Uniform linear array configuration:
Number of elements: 12
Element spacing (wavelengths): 1
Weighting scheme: blackman
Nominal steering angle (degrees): -60
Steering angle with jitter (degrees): -60.825
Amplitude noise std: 0.05
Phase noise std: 0.05

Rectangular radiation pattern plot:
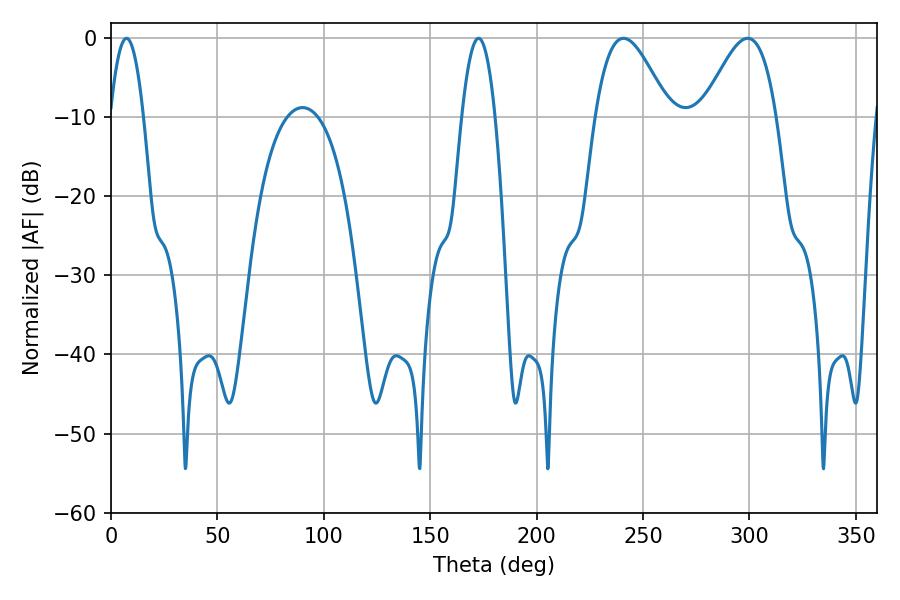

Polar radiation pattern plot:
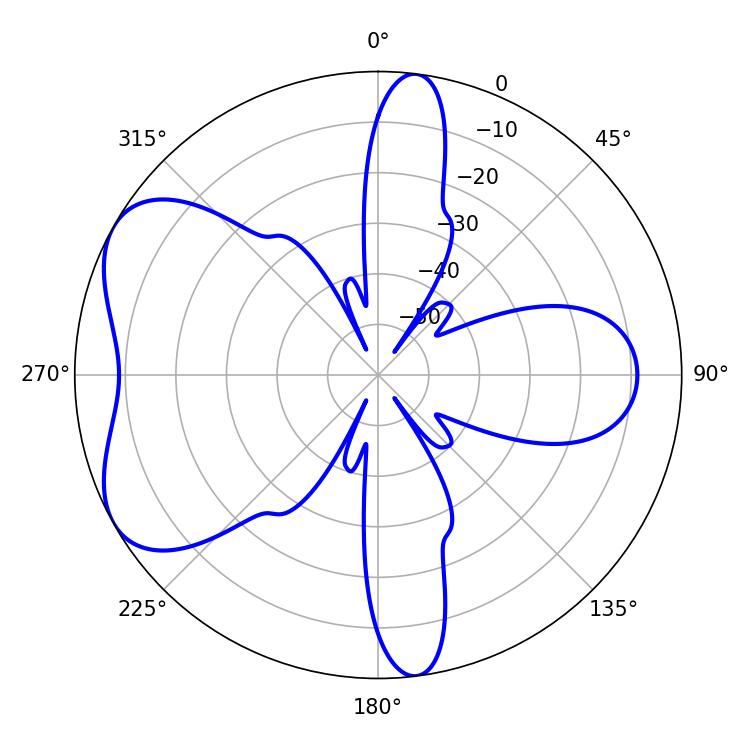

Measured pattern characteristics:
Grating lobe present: TRUE
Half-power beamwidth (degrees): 18.54
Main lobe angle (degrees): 240.84